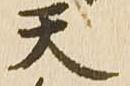
天